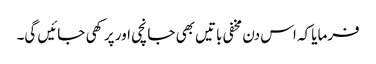
فرمایا کہ اس دن مخفی باتیں بھی جانچی اور پرکھی جائیں گی۔